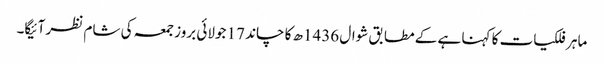
ماہر فلکیات کا کہنا ہے کے مطابق شوال 1436ھ کا چاند 17 جولائی بروز جمعہ کی شام نظر آئیگا۔